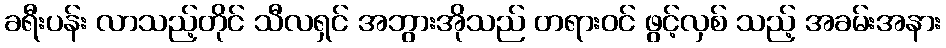
ခရီးပန်း လာသည့်တိုင် သီလရှင် အဘွားအိုသည် တရားဝင် ဖွင့်လှစ် သည့် အခမ်းအနား